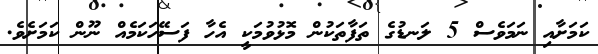
ކަމަށާއި ނަމަވެސް 5 ލަނޑުގެ ތަފާތަކުން މޮޅުވުމަކީ އެހާ ފަސޭހަކަމެއް ނޫން ކަމަށެވެ.